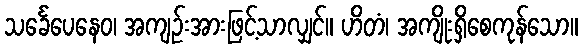
သင်္ခေပေနေဝ၊ အကျဉ်းအားဖြင့်သာလျှင်။ ဟိတံ၊ အကျိုးရှိစေကုန်သော။